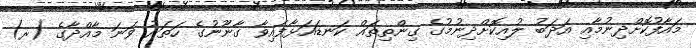
މައާފުކޮށްދިނުމާއި އަދަބު ލުއިކޮށްދިނުމުގެ ގިންތިތައް ކަނޑައަޅާފައިވާ ގާނޫނުގެ ހަތަރު ވަނަ މާއްދާގެ (ރ)